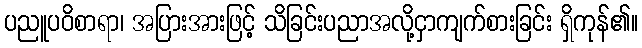
ပညူပဝိစာရာ၊ အပြားအားဖြင့် သိခြင်းပညာအလို့ငှာကျက်စားခြင်း ရှိကုန်၏။